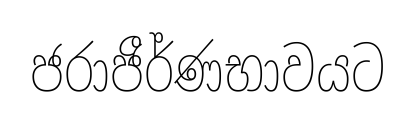
ජරාජීර්ණභාවයට